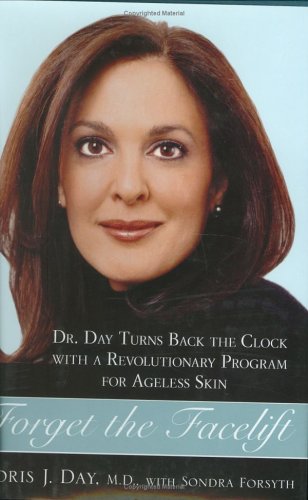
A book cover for Forget the Facelift: Dr. Day Turns Back the Clock with a Revolutionary Program for Ageless Skin; Doris J. Day; Health, Fitness & Dieting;